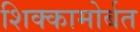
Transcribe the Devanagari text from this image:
शिक्कामोर्बत